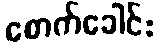
စောက်ခေါင်း